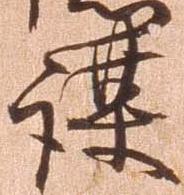
謀